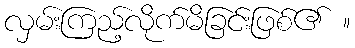
လှမ်းကြည့်လိုက်မိခြင်းဖြစ်၏ ။